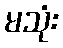
မသုံး